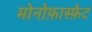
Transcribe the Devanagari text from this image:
मोनोफ़ास्फ़ेट